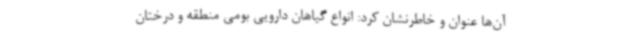
آن‌ها عنوان و خاطرنشان کرد: انواع گیاهان دارویی بومی منطقه و درختان